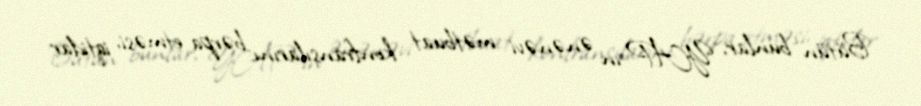
Bütün bunlar, YAP-ın ənənəvi mətbuat konfransılarını bərpa etməsi, iqtidar